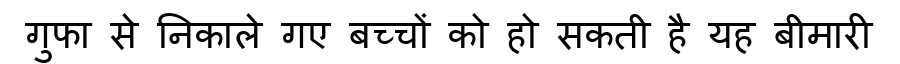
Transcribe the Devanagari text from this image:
गुफा से निकाले गए बच्चों को हो सकती है यह बीमारी